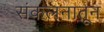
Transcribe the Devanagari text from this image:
संकलनातून